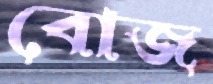
বোজ